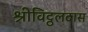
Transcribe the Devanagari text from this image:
श्रीविट्ठलदास